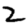
Digit: 2